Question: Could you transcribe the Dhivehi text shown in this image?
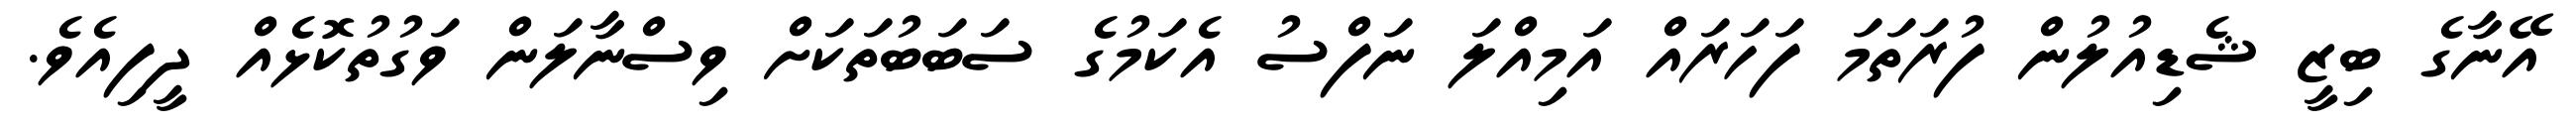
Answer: އޭނާގެ ބިޒީ ޝެޑިއުލުން ފުރަތަމަ ފަހަރައް އަމިއްލަ ނަފްސު އެކަމުގެ ސަބަބުތަކަށް ވިސްނާލަން ވަގުތުކޮޅެއް ދީފިއެވެ.